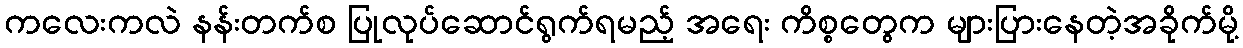
ကလေးကလဲ နန်းတက်စ ပြုလုပ်ဆောင်ရွက်ရမည့် အရေး ကိစ္စတွေက များပြားနေတဲ့အခိုက်မို့